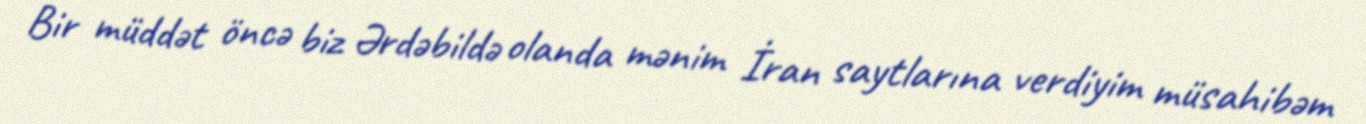
Bir müddət öncə biz Ərdəbildə olanda mənim İran saytlarına verdiyim müsahibəm